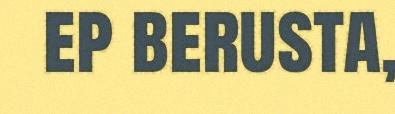
ep berusta,